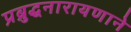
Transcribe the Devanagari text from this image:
प्रब्रुद्धनारायणाने